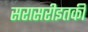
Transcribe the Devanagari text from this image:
सरासरीइतकी